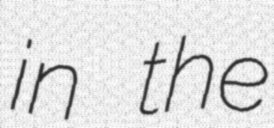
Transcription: in the